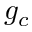
g _ { c }